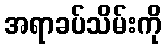
အရာခပ်သိမ်းကို